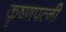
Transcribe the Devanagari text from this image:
कृष्णपत्‍नी